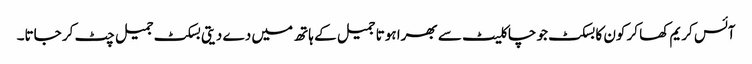
آئس کریم کھا کر کون کا بسکٹ جو چاکلیٹ سے بھرا ہوتا جمیل کے ہاتھ میں دے دیتی بسکٹ جمیل چٹ کر جاتا۔